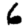
Digit: 6